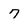
Character: 7